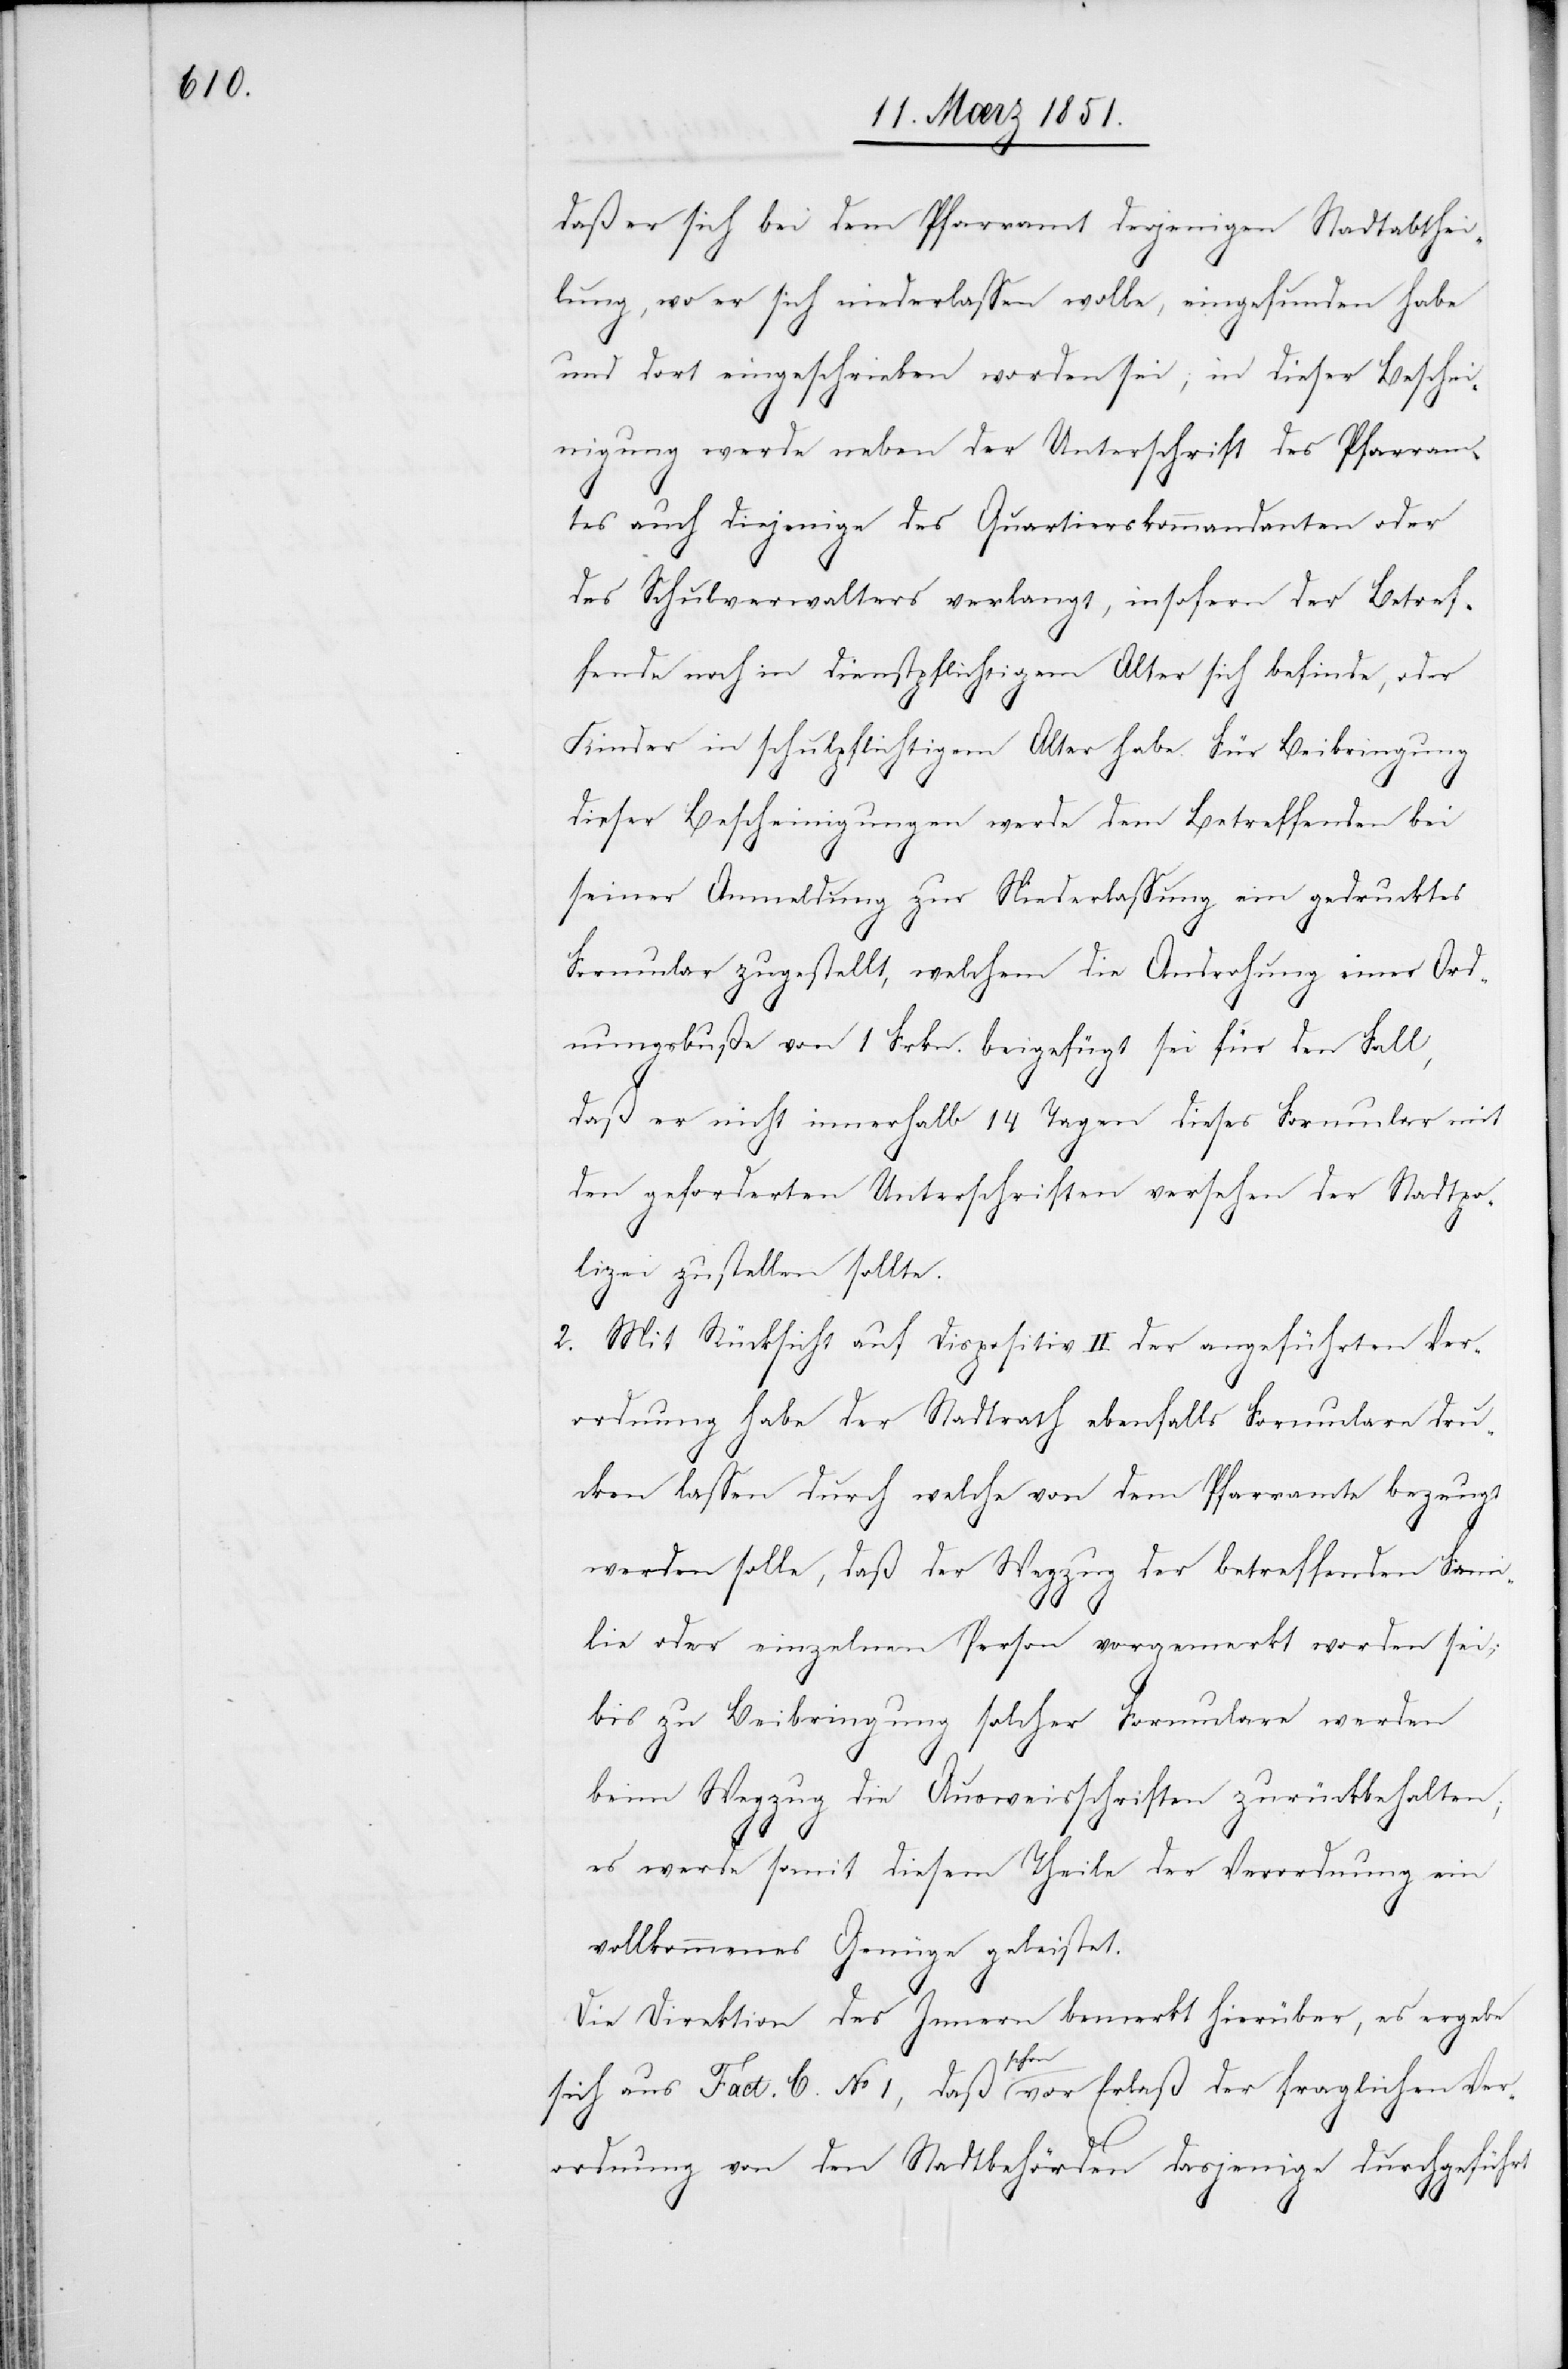
daß er sich bei dem Pfarramt derjenigen Stadtabthei¬
lung, wo er sich niederlassen wolle, eingefunden habe
und dort eingeschrieben worden sei; in dieser Beschei¬
nigung werde neben der Unterschrift des Pfarram¬
tes auch diejenige des Quartierskommandanten oder
des Schulverwalters verlangt, insofern der Betref¬
fende noch in dienstpflichtigem Alter sich befinde, oder
Kinder in schulpflichtigem Alter habe. Für Beibringung
dieser Bescheinigungen werde dem Betreffenden bei
seiner Anmeldung zur Niederlassung ein gedrucktes
Formular zugestellt, welchem die Androhung einer Ord¬
nungsbuße von 1 Frkn. beigefügt sei für den Fall,
daß er nicht innerhalb 14 Tagen dieses Formular mit
den geforderten Unterschriften versehen der Stadtpo¬
lizei zustellen sollte.
Mit Rücksicht auf Dispositiv II der angeführten Ver¬
ordnung habe der Stadtrath ebenfalls Formulare dru¬
cken lassen durch welche von dem Pfarramte bezeug¬
t
werden solle, daß der Wegzug der betreffenden Fami¬
lie oder einzelnen Person vorgemerkt worden sei;
bis zu Beibringung solcher Formulare werden
beim Wegzug die Ausweisschriften zurückbehalten;
es werde somit diesem Theile der Verordnung ein
vollkommenes Genüge geleistet.
Die Direktion des Innern bemerkt hierüber, es ergebe
sich aus Fact. C. No 1, daß schon vor Erlaß der fraglichen Ver¬
ordnung von den Stadtbehörden dasjenige durchgeführt